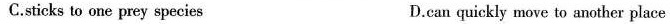
C.sticks to one prey species D.can quickly move to another place